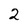
Character: 2